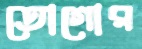
তোগোর